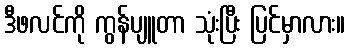
ဒီဖလင်ကို ကွန်ပျူတာ သုံးပြီး ပြင်မှာလား။